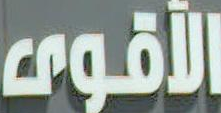
الأقوى